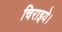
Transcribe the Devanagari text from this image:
चिराइये।